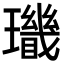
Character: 𤪫